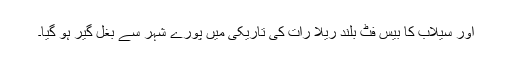
اور سیلاب کا بیس فٹ بلند ریلا رات کی تاریکی میں پورے شہر سے بغل گیر ہو گیا۔